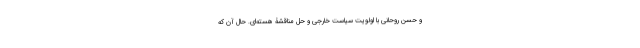
و حسن روحانی با اولویت سیاست خارجی و حل مناقشۀ هسته‌ای. حال آن که